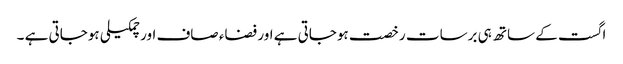
اگست کے ساتھ ہی برسات رخصت ہوجاتی ہے اور فضاء صاف اور چمکیلی ہوجاتی ہے ۔